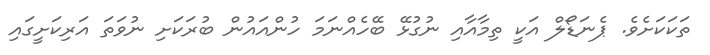
ތަކަކަށެވެ. ޕެނަޑޯލް އަކީ ތިމާއާއި ނުގުޅޭ ބޭހެއްނަމަ ހުންއައުން ބުރަކަށި ނުވަތަ އަރިކަށީގައި